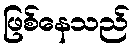
ဖြစ်နေသည်